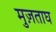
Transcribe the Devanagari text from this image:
मुज़ताघ